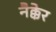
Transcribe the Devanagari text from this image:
नैक्केर